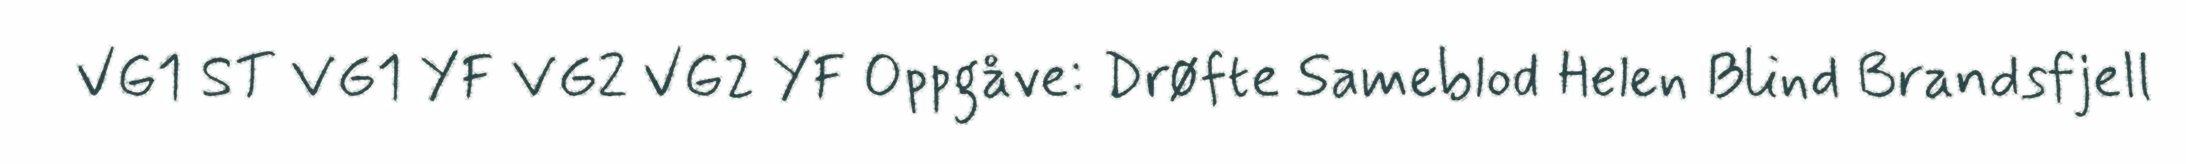
VG1 ST VG1 YF VG2 VG2 YF Oppgåve: Drøfte Sameblod Helen Blind Brandsfjell